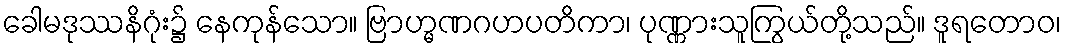
ခေါမဒုဿနိဂုံး၌ နေကုန်သော။ ဗြာဟ္မဏဂဟပတိကာ၊ ပုဏ္ဏားသူကြွယ်တို့သည်။ ဒူရတောဝ၊